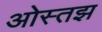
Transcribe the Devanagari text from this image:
ओस्तझ